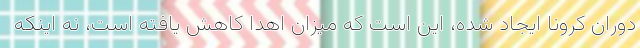
دوران کرونا ایجاد شده، این است که میزان اهدا کاهش یافته است، نه اینکه